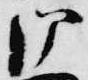
御